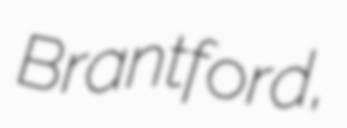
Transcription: Brantford,